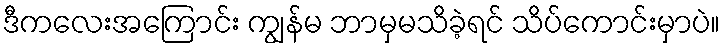
ဒီကလေးအကြောင်း ကျွန်မ ဘာမှမသိခဲ့ရင် သိပ်ကောင်းမှာပဲ။